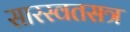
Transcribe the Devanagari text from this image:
सारस्वतसत्र